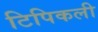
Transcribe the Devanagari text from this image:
टिपिकली